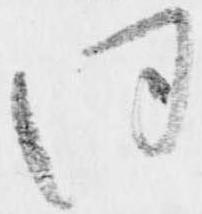
同